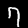
Label: 7